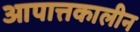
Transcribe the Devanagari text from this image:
आपात्तकालीन